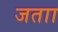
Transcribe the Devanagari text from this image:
जताा